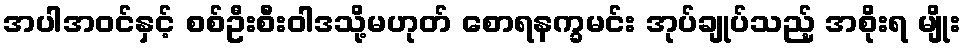
အပါအဝင်နှင့် စစ်ဦးစီးဝါဒသို့မဟုတ် စောရနက္ခမင်း အုပ်ချုပ်သည့် အစိုးရ မျိုး